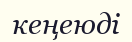
кеңеюді